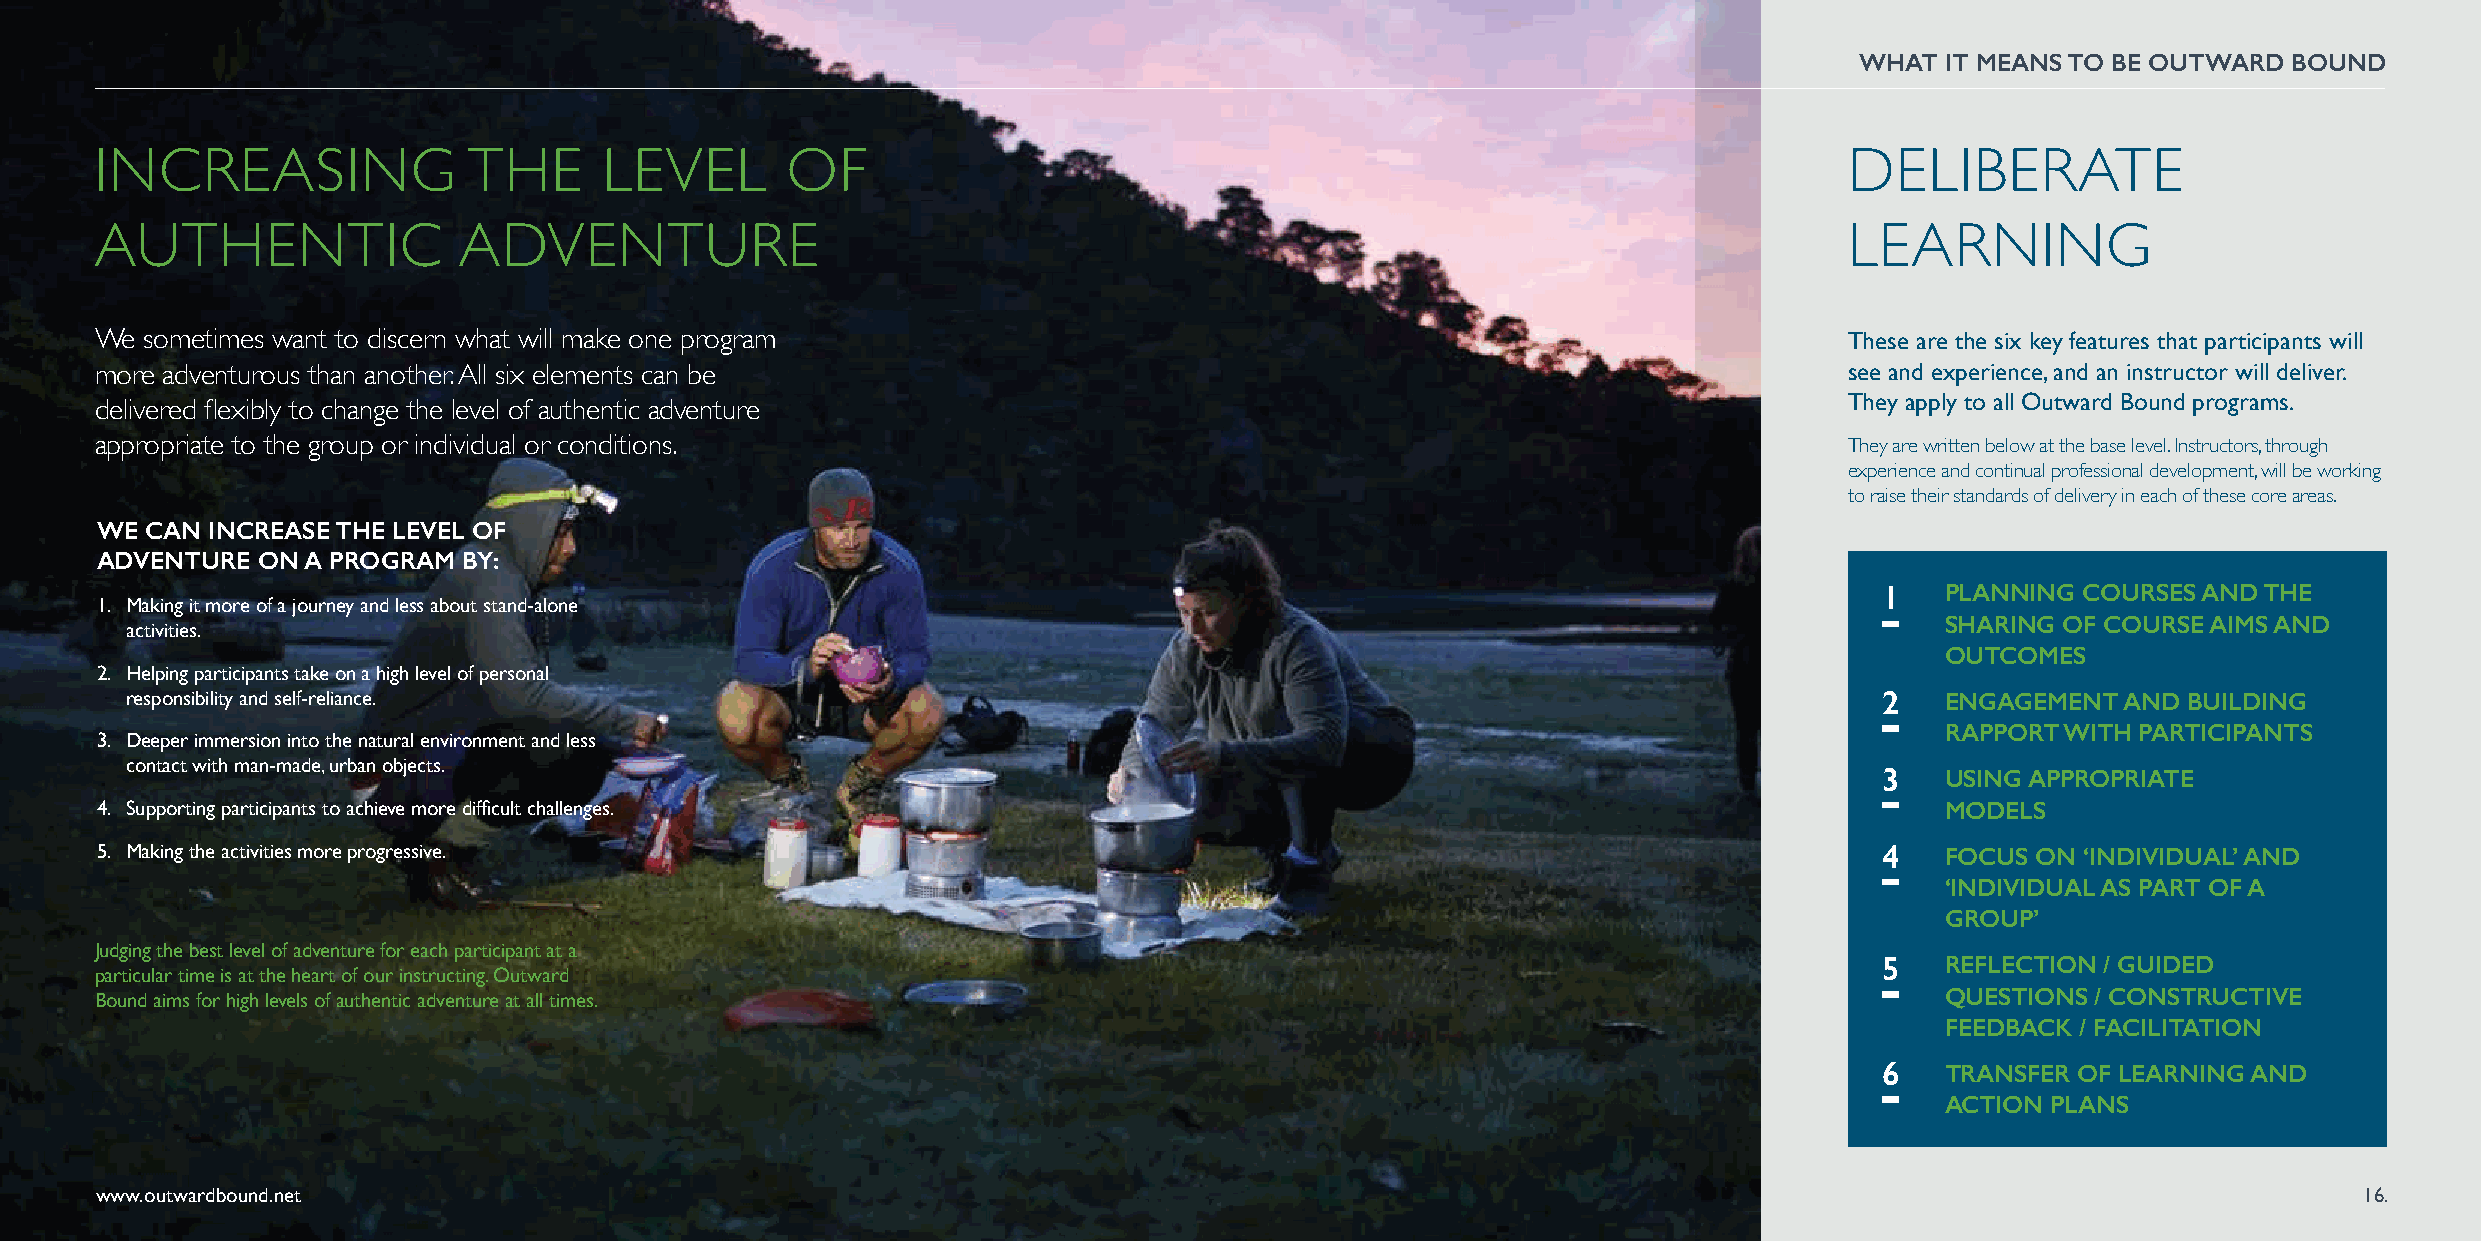
WHAT  IT MEANS TO BE OUTWARD BOUND
 INCREASING               THE      LEVEL       OF                                                                    DELIBERATE
 AUTHENTIC               ADVENTURE                                                                                   LEARNING
 We  sometimes want to discern what will make one program                                                            These are the six key features that participants will
 more adventurous than another. All six elements can be                                                              see and experience, and an instructor will deliver.
 They apply to all Outward Bound programs.
 delivered flexibly to change the level of authentic adventure
 appropriate to the group or individual or conditions.                                                               They are written below at the base level. Instructors, through
 experience and continual professional development, will be working
 to raise their standards of delivery in each of these core areas.
 WE  CAN INCREASE THE LEVEL OF
 ADVENTURE  ON A PROGRAM  BY:
 1   PLANNING COURSES AND THE
 1. Making it more of a journey and less about stand-alone
 SHARING OF COURSE AIMS AND
 activities.
 OUTCOMES
 2. Helping participants take on a high level of personal
 responsibility and self-reliance.                                                                                    2   ENGAGEMENT  AND BUILDING
 RAPPORT WITH PARTICIPANTS
 3. Deeper immersion into the natural environment and less
 contact with man-made, urban objects.
 3   USING APPROPRIATE
 4. Supporting participants to achieve more difficult challenges.                                                           MODELS
 5. Making the activities more progressive.                                                                             4   FOCUS ON ‘INDIVIDUAL’ AND
 ‘INDIVIDUAL AS PART OF A
 GROUP’
 Judging the best level of adventure for each participant at a
 5   REFLECTION / GUIDED
 particular time is at the heart of our instructing. Outward
 Bound aims for high levels of authentic adventure at all times.                                                            QUESTIONS / CONSTRUCTIVE
 FEEDBACK / FACILITATION
 6   TRANSFER OF LEARNING AND
 ACTION PLANS
 www.outwardbound.net                                                                                                                                  16.